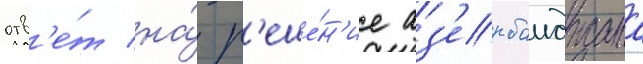
отв'е́т на́ р'еше́н'ие аз'ербаиджана